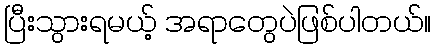
ပြီးသွားရမယ့် အရာတွေပဲဖြစ်ပါတယ်။